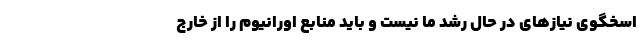
اسخگوی نیازهای در حال رشد ما نیست و باید منابع اورانیوم را از خارج